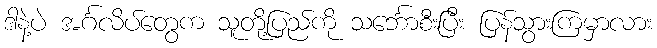
ဒါနဲ့ပဲ အင်္ဂလိပ်တွေက သူတို့ပြည်ကို သင်္ဘောစီးပြီး ပြန်သွားကြမှာလား